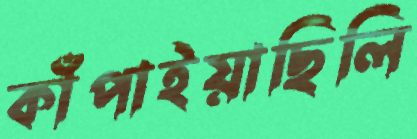
কাঁপাইয়াছিলি